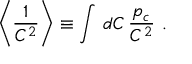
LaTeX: \left\langle \displaystyle { \frac { 1 } { C ^ { 2 } } } \right\rangle \equiv \int \, d C \, \displaystyle { \frac { p _ { c } } { C ^ { 2 } } } \, \, .